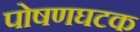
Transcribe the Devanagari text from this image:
पोषणघटक